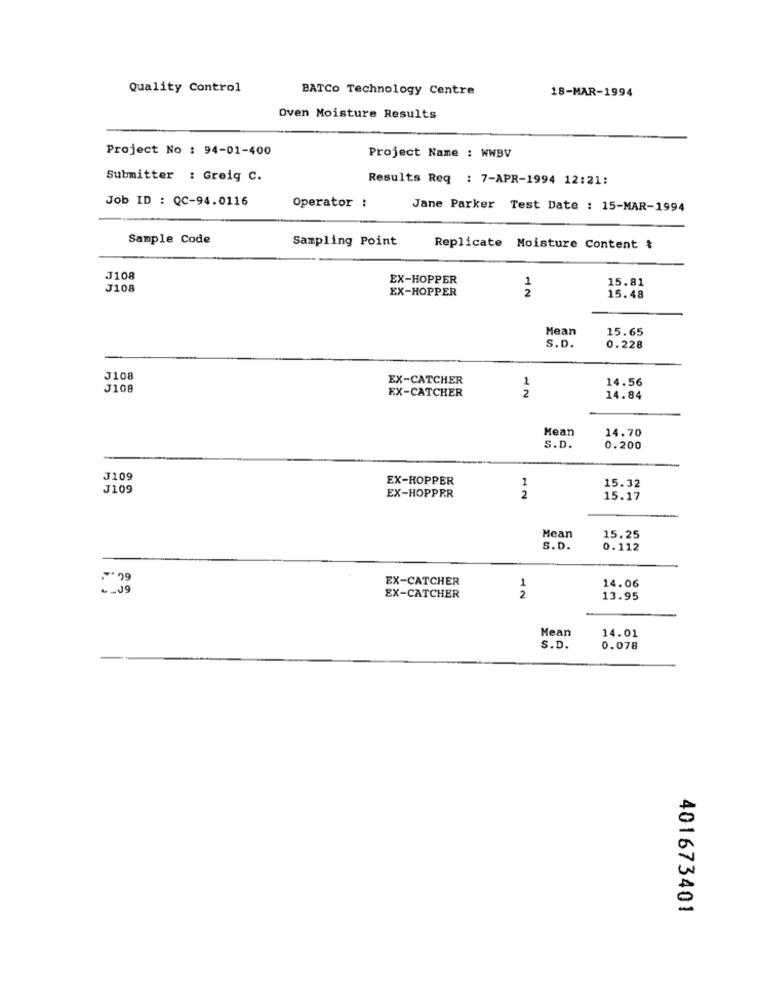
Quality Control
BATCo Technology Centre
18-MAR-1994
Oven Moisture Results
Project No : 94-01-400
Project Name : WWBV
Submitter : Greig C.
Results Reg : 7-APR-1994 12:21:
Job ID : QC-94.0116
Operator :
Jane Parker Test Date : 15-MAR-1994
Sample Code
Sampling Point
Replicate Moisture Content &
J108
EX-HOPPER
15.81
J108
EX-HOPPER
12
15.48
Mean
15.65
S.D.
0.228
J108
EX-CATCHER
1
14.56
J108
EX-CATCHER
2
14.84
Mean
14.70
S.D.
0.200
J109
EX-HOPPER
1
J109
2
15.32
EX-HOPPER
15.17
Mean
15.25
S.D.
0.112
EX-CATCHER
- - 19
1
2
14.06
EX-CATCHER
13.95
Mean
14.01
S.D.
0.078
401673401